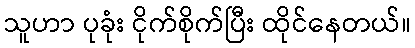
သူဟာ ပုခုံး ငိုက်စိုက်ပြီး ထိုင်နေတယ်။